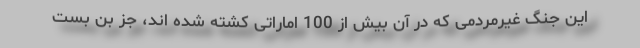
این جنگ غیرمردمی که در آن بیش از 100 اماراتی کشته شده اند، جز بن بست